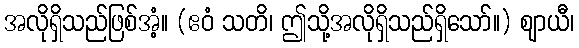
အလိုရှိသည်ဖြစ်အံ့။ (ဧဝံ သတိ၊ ဤသို့အလိုရှိသည်ရှိသော်။) ဈာယီ၊